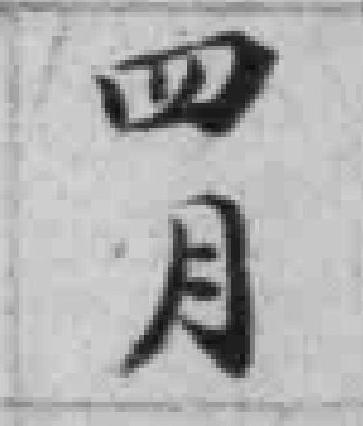
四月